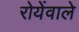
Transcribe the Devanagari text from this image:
रोयेंवाले